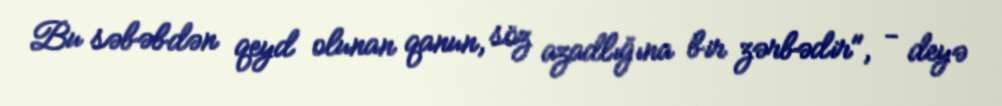
Bu səbəbdən qeyd olunan qanun, söz azadlığına bir zərbədir", - deyə